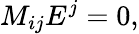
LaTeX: M_{ij}{E}^{j}=0,